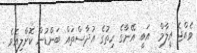
ވެއްޖެ އީލާމް  އަބީ އޭނާގެ ހިތުގެ އުދާސްތައް ބަންޑުން ކޮށްލިއެވެ .